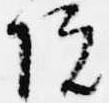
院